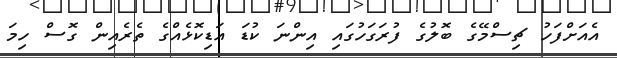
އެއަށްފަހު ޗިސްމޭގެ ބޮލުގެ ފުރަގަހުގައި އިންނަ ކުޑަ އަޑިކޮޅެއްގެ ތެރެއިން ގޮސް ހިމަ